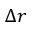
\boldsymbol { \Delta r }